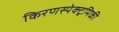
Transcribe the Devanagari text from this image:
किरणस्पेक्ट्रमिकी